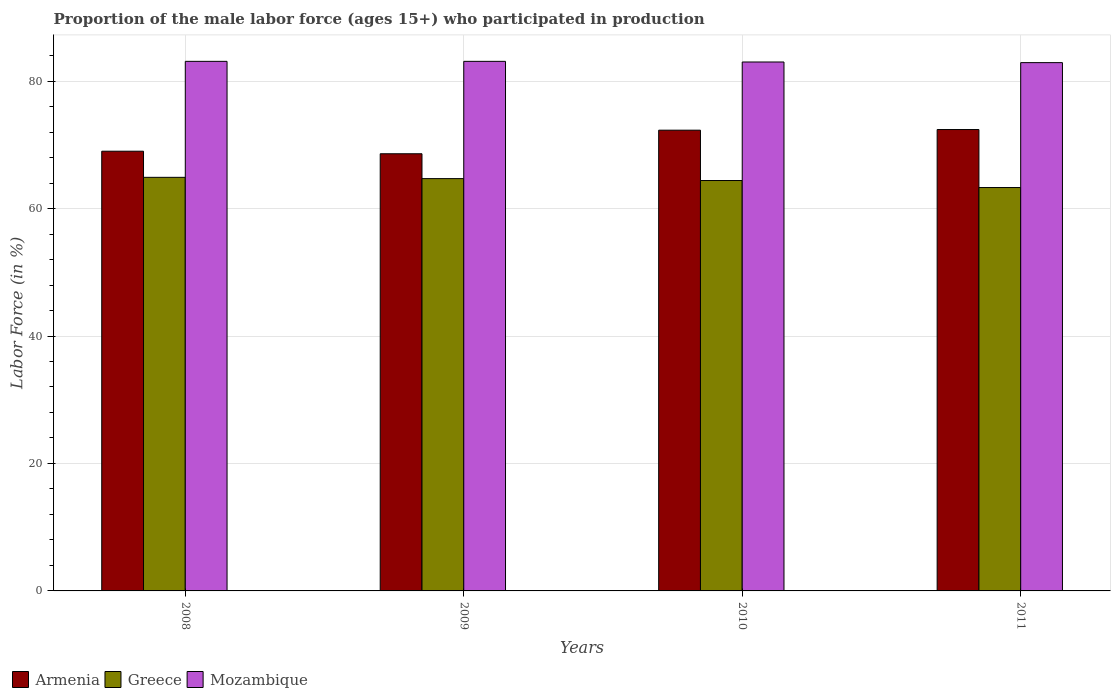
| Years | Armenia | Greece | Mozambique |
 | --- | --- | --- | --- |
 | 2008 | 69 | 64.9 | 83.1 |
 | 2009 | 68.6 | 64.7 | 83.1 |
 | 2010 | 72.3 | 64.4 | 83 |
 | 2011 | 72.4 | 63.3 | 82.9 |